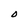
Character: O